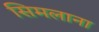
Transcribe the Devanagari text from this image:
सिमलाना